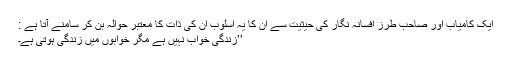
ایک کامیاب اور صاحب طرز افسانہ نگار کی حیثیت سے ان کا یہ اسلوب ان کی ذات کا معتبر حوالہ بن کر سامنے آتا ہے :
’’زندگی خواب نہیں ہے مگر خوابوں میں زندگی ہوتی ہے۔